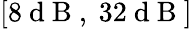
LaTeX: [8\mathrm{~d~B~},\mathrm{~}32\mathrm{~d~B~}]